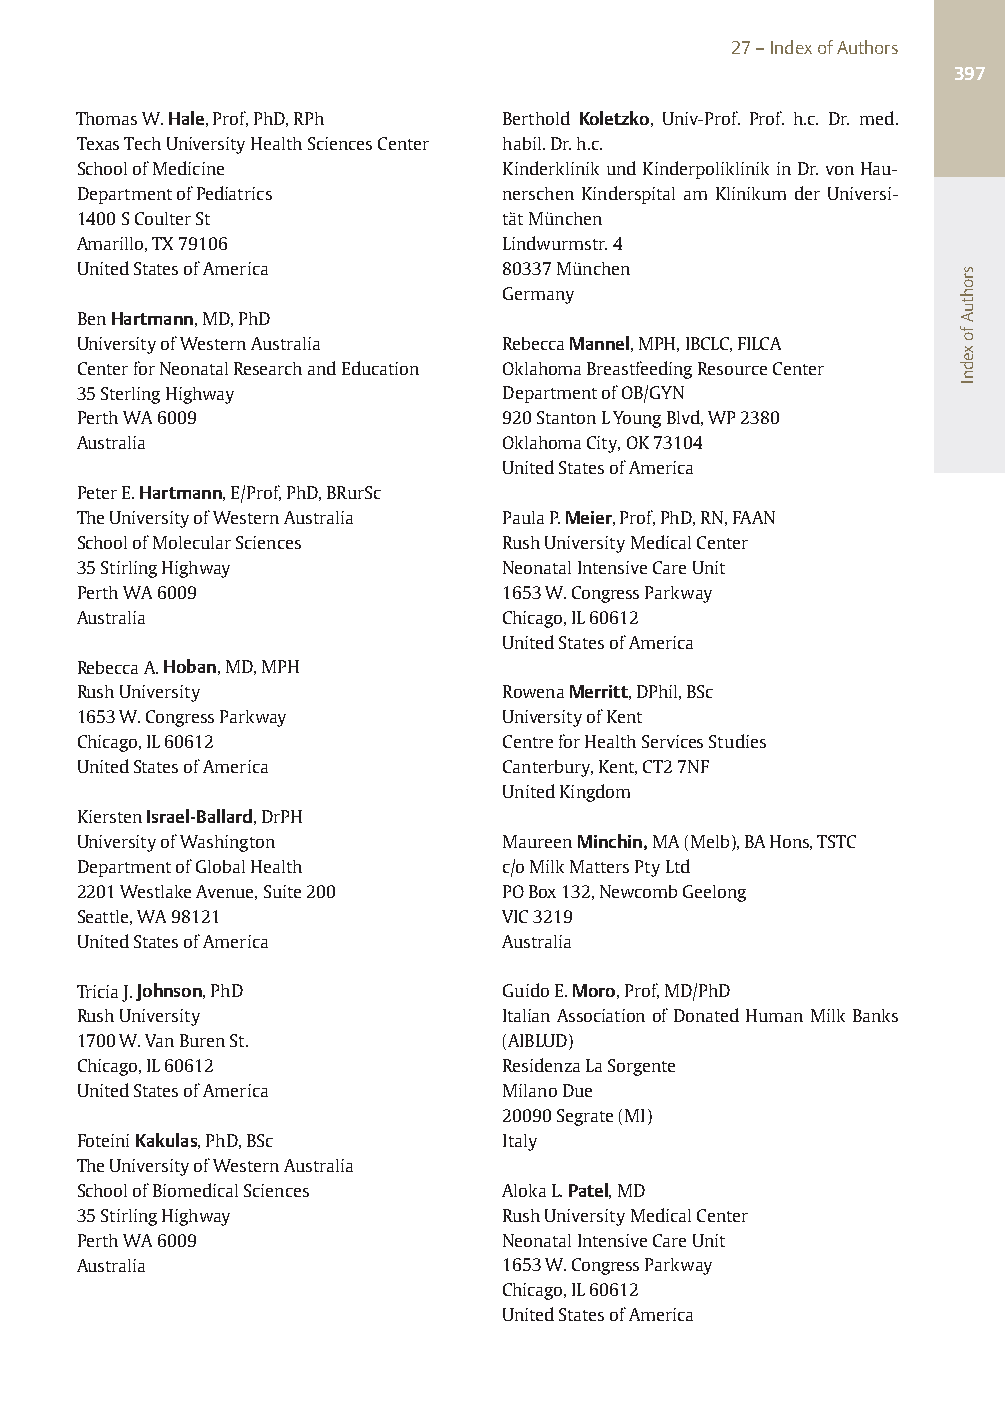
27–IndexofAuthors
 397
 ThomasW.Hale,Prof,PhD,RPh    Berthold Koletzko, Univ-Prof. Prof. h.c. Dr. med.
 TexasTechUniversityHealthSciencesCenter habil.Dr.h.c.
 SchoolofMedicine            KinderklinikundKinderpoliklinikinDr.vonHau-
 DepartmentofPediatrics      nerschen Kinderspital am Klinikum der Universi-
 1400SCoulterSt              tätMünchen
 Amarillo,TX79106            Lindwurmstr.4
 UnitedStatesofAmerica       80337München
 Germany
 BenHartmann,MD,PhD
 UniversityofWesternAustralia RebeccaMannel,MPH,IBCLC,FILCA
 CenterforNeonatalResearchandEducation OklahomaBreastfeedingResourceCenter
 35SterlingHighway           DepartmentofOB/GYN
 PerthWA6009                 920StantonLYoungBlvd,WP2380
 Australia                   OklahomaCity,OK73104
 UnitedStatesofAmerica
 PeterE.Hartmann,E/Prof,PhD,BRurSc
 TheUniversityofWesternAustralia PaulaP.Meier,Prof,PhD,RN,FAAN
 SchoolofMolecularSciences   RushUniversityMedicalCenter
 35StirlingHighway           NeonatalIntensiveCareUnit
 PerthWA6009                 1653W.CongressParkway
 Australia                   Chicago,IL60612
 UnitedStatesofAmerica
 RebeccaA.Hoban,MD,MPH
 RushUniversity              RowenaMerritt,DPhil,BSc
 1653W.CongressParkway       UniversityofKent
 Chicago,IL60612             CentreforHealthServicesStudies
 UnitedStatesofAmerica       Canterbury,Kent,CT27NF
 UnitedKingdom
 KierstenIsrael-Ballard,DrPH
 UniversityofWashington      MaureenMinchin,MA(Melb),BAHons,TSTC
 DepartmentofGlobalHealth    c/oMilkMattersPtyLtd
 2201WestlakeAvenue,Suite200 POBox132,NewcombGeelong
 Seattle,WA98121             VIC3219
 UnitedStatesofAmerica       Australia
 TriciaJ.Johnson,PhD         GuidoE.Moro,Prof,MD/PhD
 RushUniversity              ItalianAssociationofDonatedHumanMilkBanks
 1700W.VanBurenSt.           (AIBLUD)
 Chicago,IL60612             ResidenzaLaSorgente
 UnitedStatesofAmerica       MilanoDue
 20090Segrate(MI)
 FoteiniKakulas,PhD,BSc      Italy
 TheUniversityofWesternAustralia
 SchoolofBiomedicalSciences  AlokaL.Patel,MD
 35StirlingHighway           RushUniversityMedicalCenter
 PerthWA6009                 NeonatalIntensiveCareUnit
 Australia                   1653W.CongressParkway
 Chicago,IL60612
 UnitedStatesofAmerica
 srohtuAfoxednI